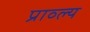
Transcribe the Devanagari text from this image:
प्राव्ल्य